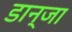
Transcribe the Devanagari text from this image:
डान्जा